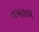
તખલઘ